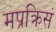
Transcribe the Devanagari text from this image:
मप्रक्रिसं